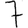
Digit: 7